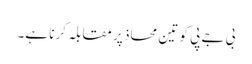
بی جے پی کو تین محاذ پر مقابلہ کرنا ہے۔